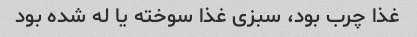
غذا چرب بود، سبزی غذا سوخته یا له شده بود